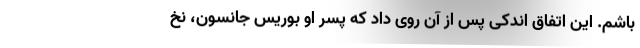
باشم. این اتفاق اندکی پس از آن روی داد که پسر او بوریس جانسون، نخ